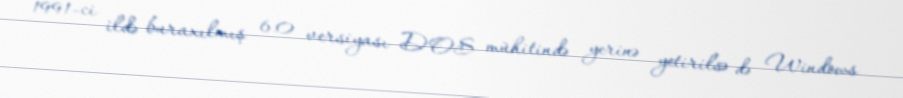
1991-ci ildə buraxılmış 6.0 versiyası DOS mühitində yerinə yetirilsə də Windows